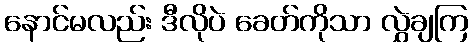
နောင်မလည်း ဒီလိုပဲ ခေတ်ကိုသာ လွှဲချကြ